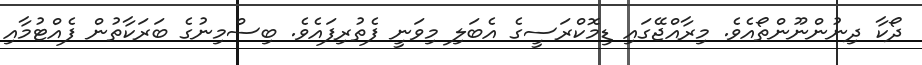
ދޯކާ ދިނުންނޫންތޯއެވެ. މިރާއްޖޭގައި ޑިމޮކްރަސީގެ އެބަލި މިވަނީ ފެތުރިފައެވެ. ބިސްމިނުގެ ބަރަކާތުން ފެއްޓުމާއި